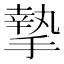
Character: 摯